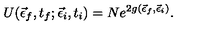
U ( \vec { \epsilon } _ { f } , t _ { f } ; \vec { \epsilon } _ { i } , t _ { i } ) = N e ^ { 2 g ( \vec { \epsilon } _ { f } , \vec { \epsilon } _ { i } ) } .